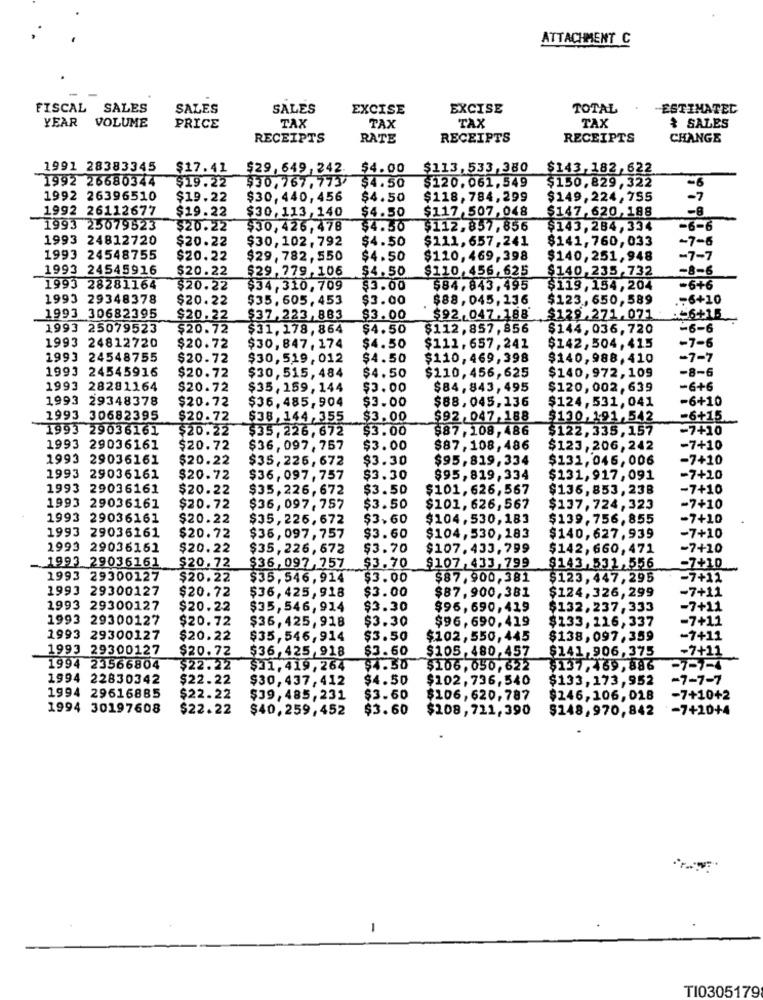
ATTACHMENT C
FISCAL
SALES
SALES
SALES
EXCISE
EXCISE
TOTAL
ESTIMATED
YEAR
VOLUME
TAX
TAX
TAX
& SALES
PRICE
TAX
RECEIPTS
RATE
RECEIPTS
RECEIPTS
CHANGE
1991 28383345
$17.41
$29,649,242.
$4.00
$113,533,380
$143,182,622
1992 26680344
$19.22
$30.767, 7737
$4.50
$120.061,549
$150,829,322
-6
1992 26396510
$19.22
$30,440,456
$4.50
$118,784,299
$149,224,755
-7
1992 26112677
$19.22
$30,113, 140
$4.50
$117,507,048
$147.620, 188
-8
1993 25079523
$20.22
$30,426,478
$4.50
$112,857,856
$143,284,334
-6-6
1993 24812720
$20.22
$30,102,792
$4.50
$111,657. 241
$141,760, 033
-7-6
1993 24548755
$20.22
$29,782,550
$4.50
$110,469, 398
$140,251,948
-7-7
1993 24545916
$20.22
$29,779,106
$4.50
$110,456, 625
$140,235,732
-8-6
1993 28281164
$20.22
$34,310, 709
$3.00
$84.843.495
$119, 154, 204
-6+6
1993 29348378
$20.22
$35, 605, 453
$3.00
$88,045,136
$123,650,589
-6+10
1993 30682395
$20.22
$37,223,883
$3.00
$92.047.188
$129.271.071
:+6+15
1993 25079523
$20.72
$31. 178, 864
$4.50
$112,857, 856
$144,036,720
-6-6
-7-6
1993 24812720
$20.72
$30, 847, 174
$4.50
$111, 657, 241
$142,504,415
1993 24548755
$20.72
$30,519,012
$4.50
$110,469,398
$140,988,410
-7-7
1993 24545916
$20.72
$30,515,484
$4.50
$140,972,109
-8-6
$110,456,625
1993 28281164
$20.72
$35,159,144
$3.00
$84,843,495
$120,002,639
-6+6
1993 29348378
$20.72
$36, 485,904
$3.00
$124,531,041
-6+10
$88,045,136
1993 30682395
$20.72
$38,144,355
$3.00
$92,047.188
$130,191 542
-6+15
1993 29036161
$20.22
$35.226,672
$3.00
$87,108,486
$122,335,157
-7+10
1993 29036161
$20.72
$36, 097. 757
$3.00
$87,108,486
$123,206,242
-7+10
1993 29036161
$20.22
$35,226,672
$3.30
$95,819,334
$131,046,006
-7+10
1993 29036161
$20.72
$36,097,757
$3.30
$95,819,334
$131,917,091
-7+10
1993 29036161
$20.22
$35,226,672
$3.50
$101,626,567
$136, 853, 238
-7+10
1993 29036161
$20.72
$36, 097. 757
$3.50
$101,626,567
$137,724,323
-7+10
1993 29036161
$20.22
$35,226,672
$3,60
$104,530,183
$139,756,855
-7+10
1993 29036161
$20.72
$36,097,757
$3.60
$104,530, 183
$140,627,939
-7+10
1993 29036161
$20.22
$35,226, 672
$3.70
$107.433,799
$142,660,471
-7+10
$20.72
$3.70
1993 29036161
$36,097,757
$107,433,799
$143,531,556
-7+10
1993 29300127
$20.22
$35,546,914
$3.00
$87,900, 381
$123, 447, 295
-7+12
1993 29300127
$20.72
$36,425,918
$3.00
$87,900,381
$124,326,299
-7+11
1993 29300127
$20.22
$35,546,914
$3.30
$96,690,419
$132,237, 333
-7+11
1993 29300127
$20.72
$36, 425,918
$3.30
$96,690,419
$133,116,337
-7+11
1993 29300127
$20.22
$35,546,914
$3.50
$102,550,445
$138,097,359
-7+11
1993 29300127
$20.72
$36,425,918
$3.60
$105,480,457
$141,906,375
-7+21
1994 23566804
$22.22
$31,419,264
$4.50
$106,050,622
5137,469, 886
-7-7-4
1994 22830342
$22.22
$30,437, 412
$4.50
$102,736,540
$133,173,952
-7-7-7
1994 29616885
$22.22
$39,485, 231
$3.60
$106,620,787
$246,106,018
-7+10+2
1994 30197608
$22.22
$40,259,452
$3.60
$108,711,390
$148,970,842
-7+20+4
-
TI0305179